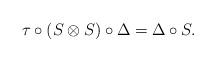
LaTeX: \begin{align*}\tau \circ (S\otimes S)\circ \Delta=\Delta \circ S.\end{align*}